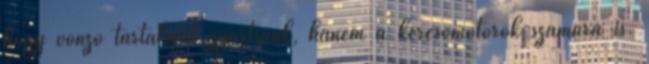
hogy vonzó tartalmat gyártsunk, hanem a keresőmotorok számára is.